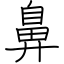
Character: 鼻